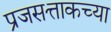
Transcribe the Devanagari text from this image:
प्रजसत्ताकच्या